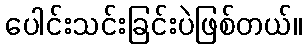
ပေါင်းသင်းခြင်းပဲဖြစ်တယ်။